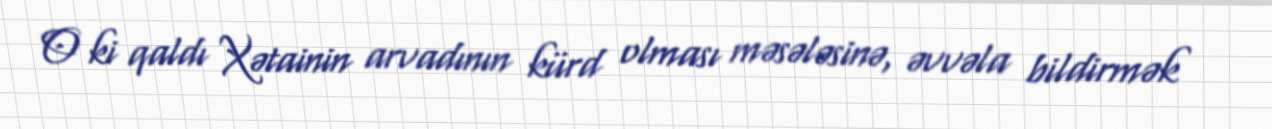
O ki qaldı Xətainin arvadının kürd olması məsələsinə, əvvəla bildirmək